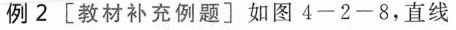
例2 [教材补充例题]如图4-2-8，直线